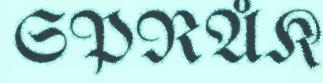
SPRÅK